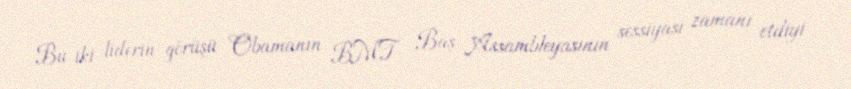
Bu iki liderin görüşü Obamanın BMT Baş Assambleyasının sessiyası zamanı etdiyi